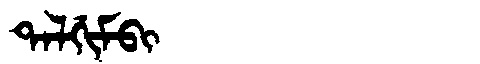
Manchu: ᡨᠠᠯᡤᡳᠮᠪᡳ
Romanization: TALGIMBI